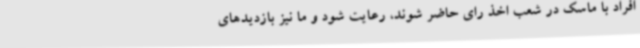
افراد با ماسک در شعب اخذ رای حاضر شوند، رعایت شود و ما نیز بازدیدهای